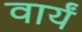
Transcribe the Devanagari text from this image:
वार्यं